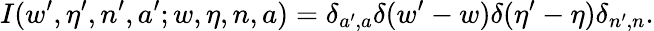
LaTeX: I(w^{\prime},\eta^{\prime},n^{\prime},a^{\prime};w,\eta,n,a)=\delta_{a^{\prime},a}\delta(w^{\prime}-w)\delta(\eta^{\prime}-\eta)\delta_{n^{\prime},n}.